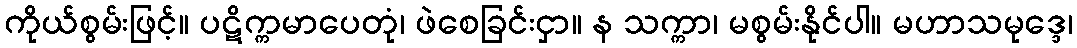
ကိုယ်စွမ်းဖြင့်။ ပဋိက္ကမာပေတုံ၊ ဖဲစေခြင်းငှာ။ န သက္ကာ၊ မစွမ်းနိုင်ပါ။ မဟာသမုဒ္ဒေ၊